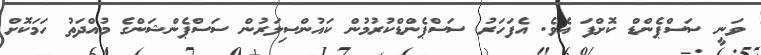
ވަނީ ސަސްޕެންޑް ކޮށްފަ އެވެ. އެފަހަރު ސަސްޕެންޑްކުރުމުން ކައުންސިލަރުން ސަސްޕެންޝަންގެ މުއްދަތު ހަމަކޮށް